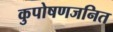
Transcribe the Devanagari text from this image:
कुपोषणजनित